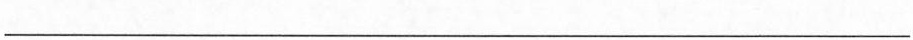
___